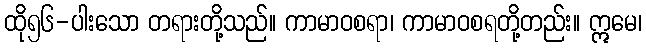
ထို၅၆-ပါးသော တရားတို့သည်။ ကာမာဝစရာ၊ ကာမာဝစရတို့တည်း။ ဣမေ၊